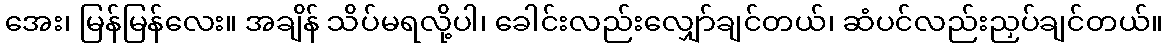
အေး၊ မြန်မြန်လေး။ အချိန် သိပ်မရလို့ပါ၊ ခေါင်းလည်းလျှော်ချင်တယ်၊ ဆံပင်လည်းညှပ်ချင်တယ်။